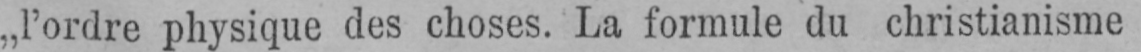
„l’ordre physique des choses. La formule du christianisme